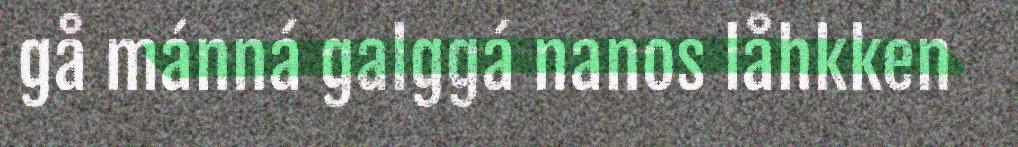
gå mánná galggá nanos låhkken